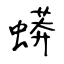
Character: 蟒